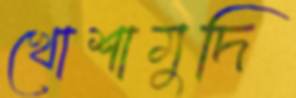
খোশামুদি